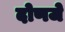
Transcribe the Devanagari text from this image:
दोणजे